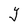
Character: Y